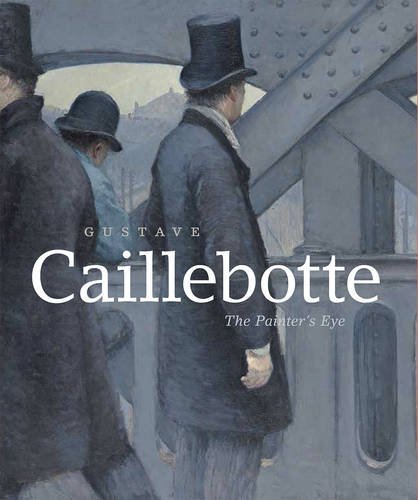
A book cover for Gustave Caillebotte: The Painter's Eye; Mary Morton; Arts & Photography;